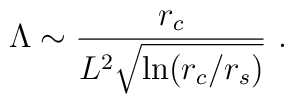
\Lambda \sim \frac{r_c}{L^2\sqrt{\ln (r_c/r_s)}} \ .